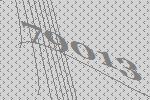
79013